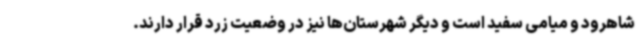
شاهرود و میامی سفید است و دیگر شهرستان‌ها نیز در وضعیت زرد قرار دارند.